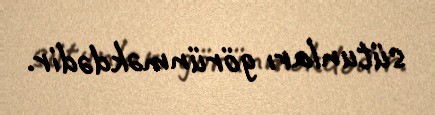
sütunları görünməkdədir.